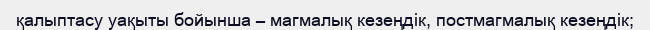
қалыптасу уақыты бойынша – магмалық кезеңдік, постмагмалық кезеңдік;